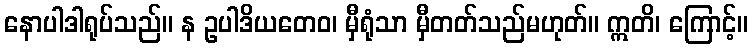
နောပါဒါရုပ်သည်။ န ဥပါဒိယတေဝ၊ မှီရုံသာ မှီတတ်သည်မဟုတ်။ ဣတိ၊ ကြောင့်။